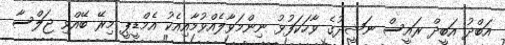
އަބްދު އަބީދް ރައީސް ނަޝީދުގެ ވާހަކަފުޅު ނިންމަވާލެއްވުމާއިއެކު އެމްޑީޕީ މިރޭ ބޭއްވި ޖަލްސާ